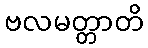
ဗလမတ္တာတိ